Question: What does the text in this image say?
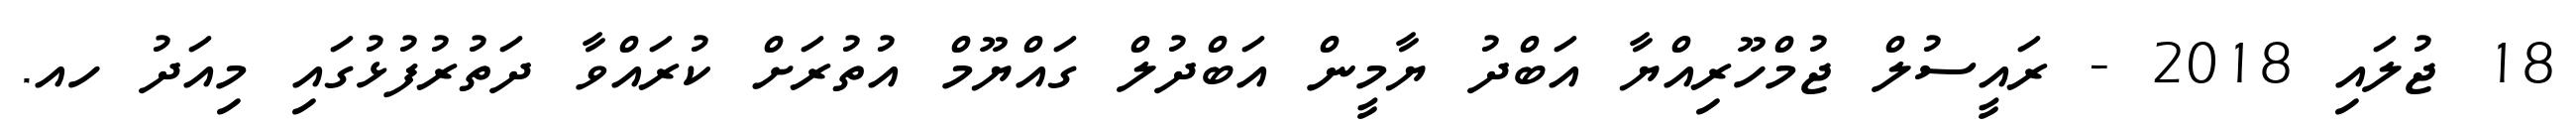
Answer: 18 ޖުލައި 2018 - ރައީސުލް ޖުމްހޫރިއްޔާ އަބްދު ޔާމީން އަބްދުލް ގައްޔޫމް އުތުރަށް ކުރައްވާ ދަތުރުފުޅުގައި މިއަދު ހއ.